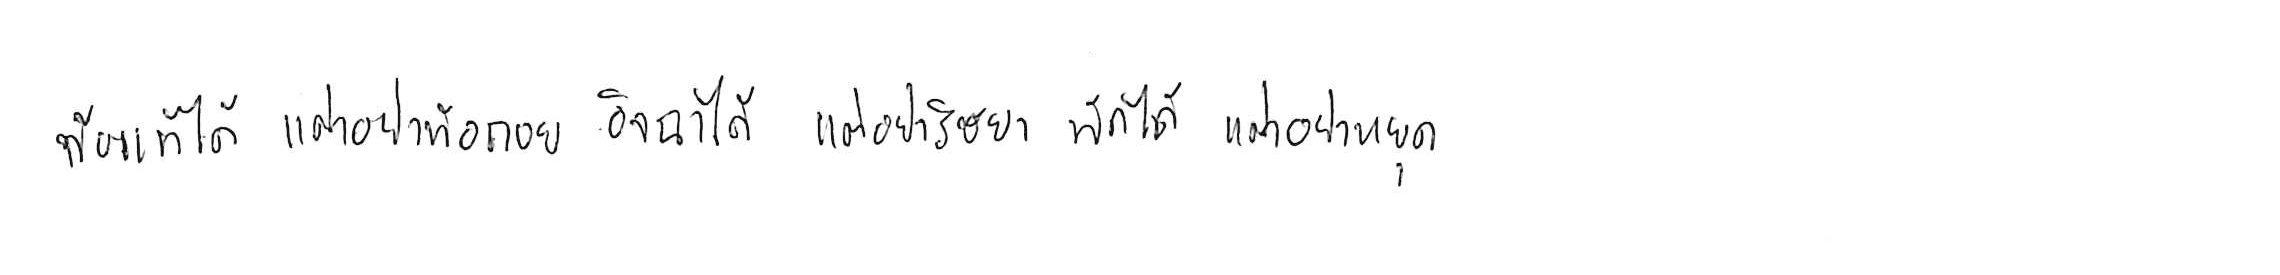
ท้อแท้ได้ แต่อย่าท้อถอย อิจฉาได้ แต่อย่าริษยา พักได้ แต่อย่าหยุด